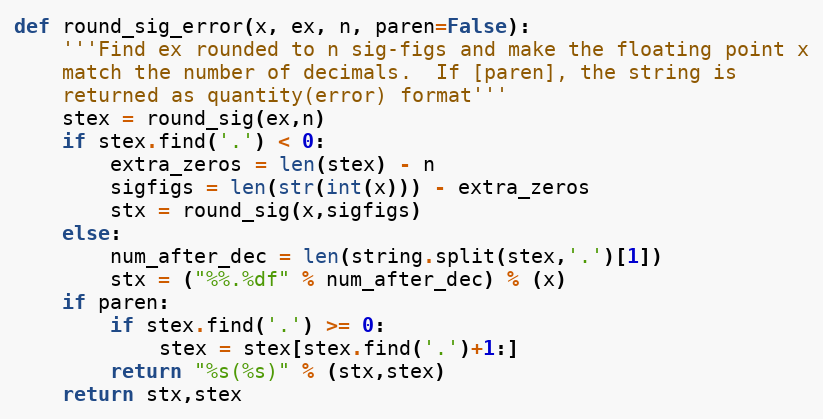
Language: Python
def round_sig_error(x, ex, n, paren=False):
    '''Find ex rounded to n sig-figs and make the floating point x
    match the number of decimals.  If [paren], the string is
    returned as quantity(error) format'''
    stex = round_sig(ex,n)
    if stex.find('.') < 0:
        extra_zeros = len(stex) - n
        sigfigs = len(str(int(x))) - extra_zeros
        stx = round_sig(x,sigfigs)
    else:
        num_after_dec = len(string.split(stex,'.')[1])
        stx = ("%%.%df" % num_after_dec) % (x)
    if paren:
        if stex.find('.') >= 0:
            stex = stex[stex.find('.')+1:]
        return "%s(%s)" % (stx,stex)
    return stx,stex